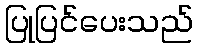
ပြုပြင်ပေးသည်